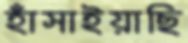
হাঁসাইয়াছি